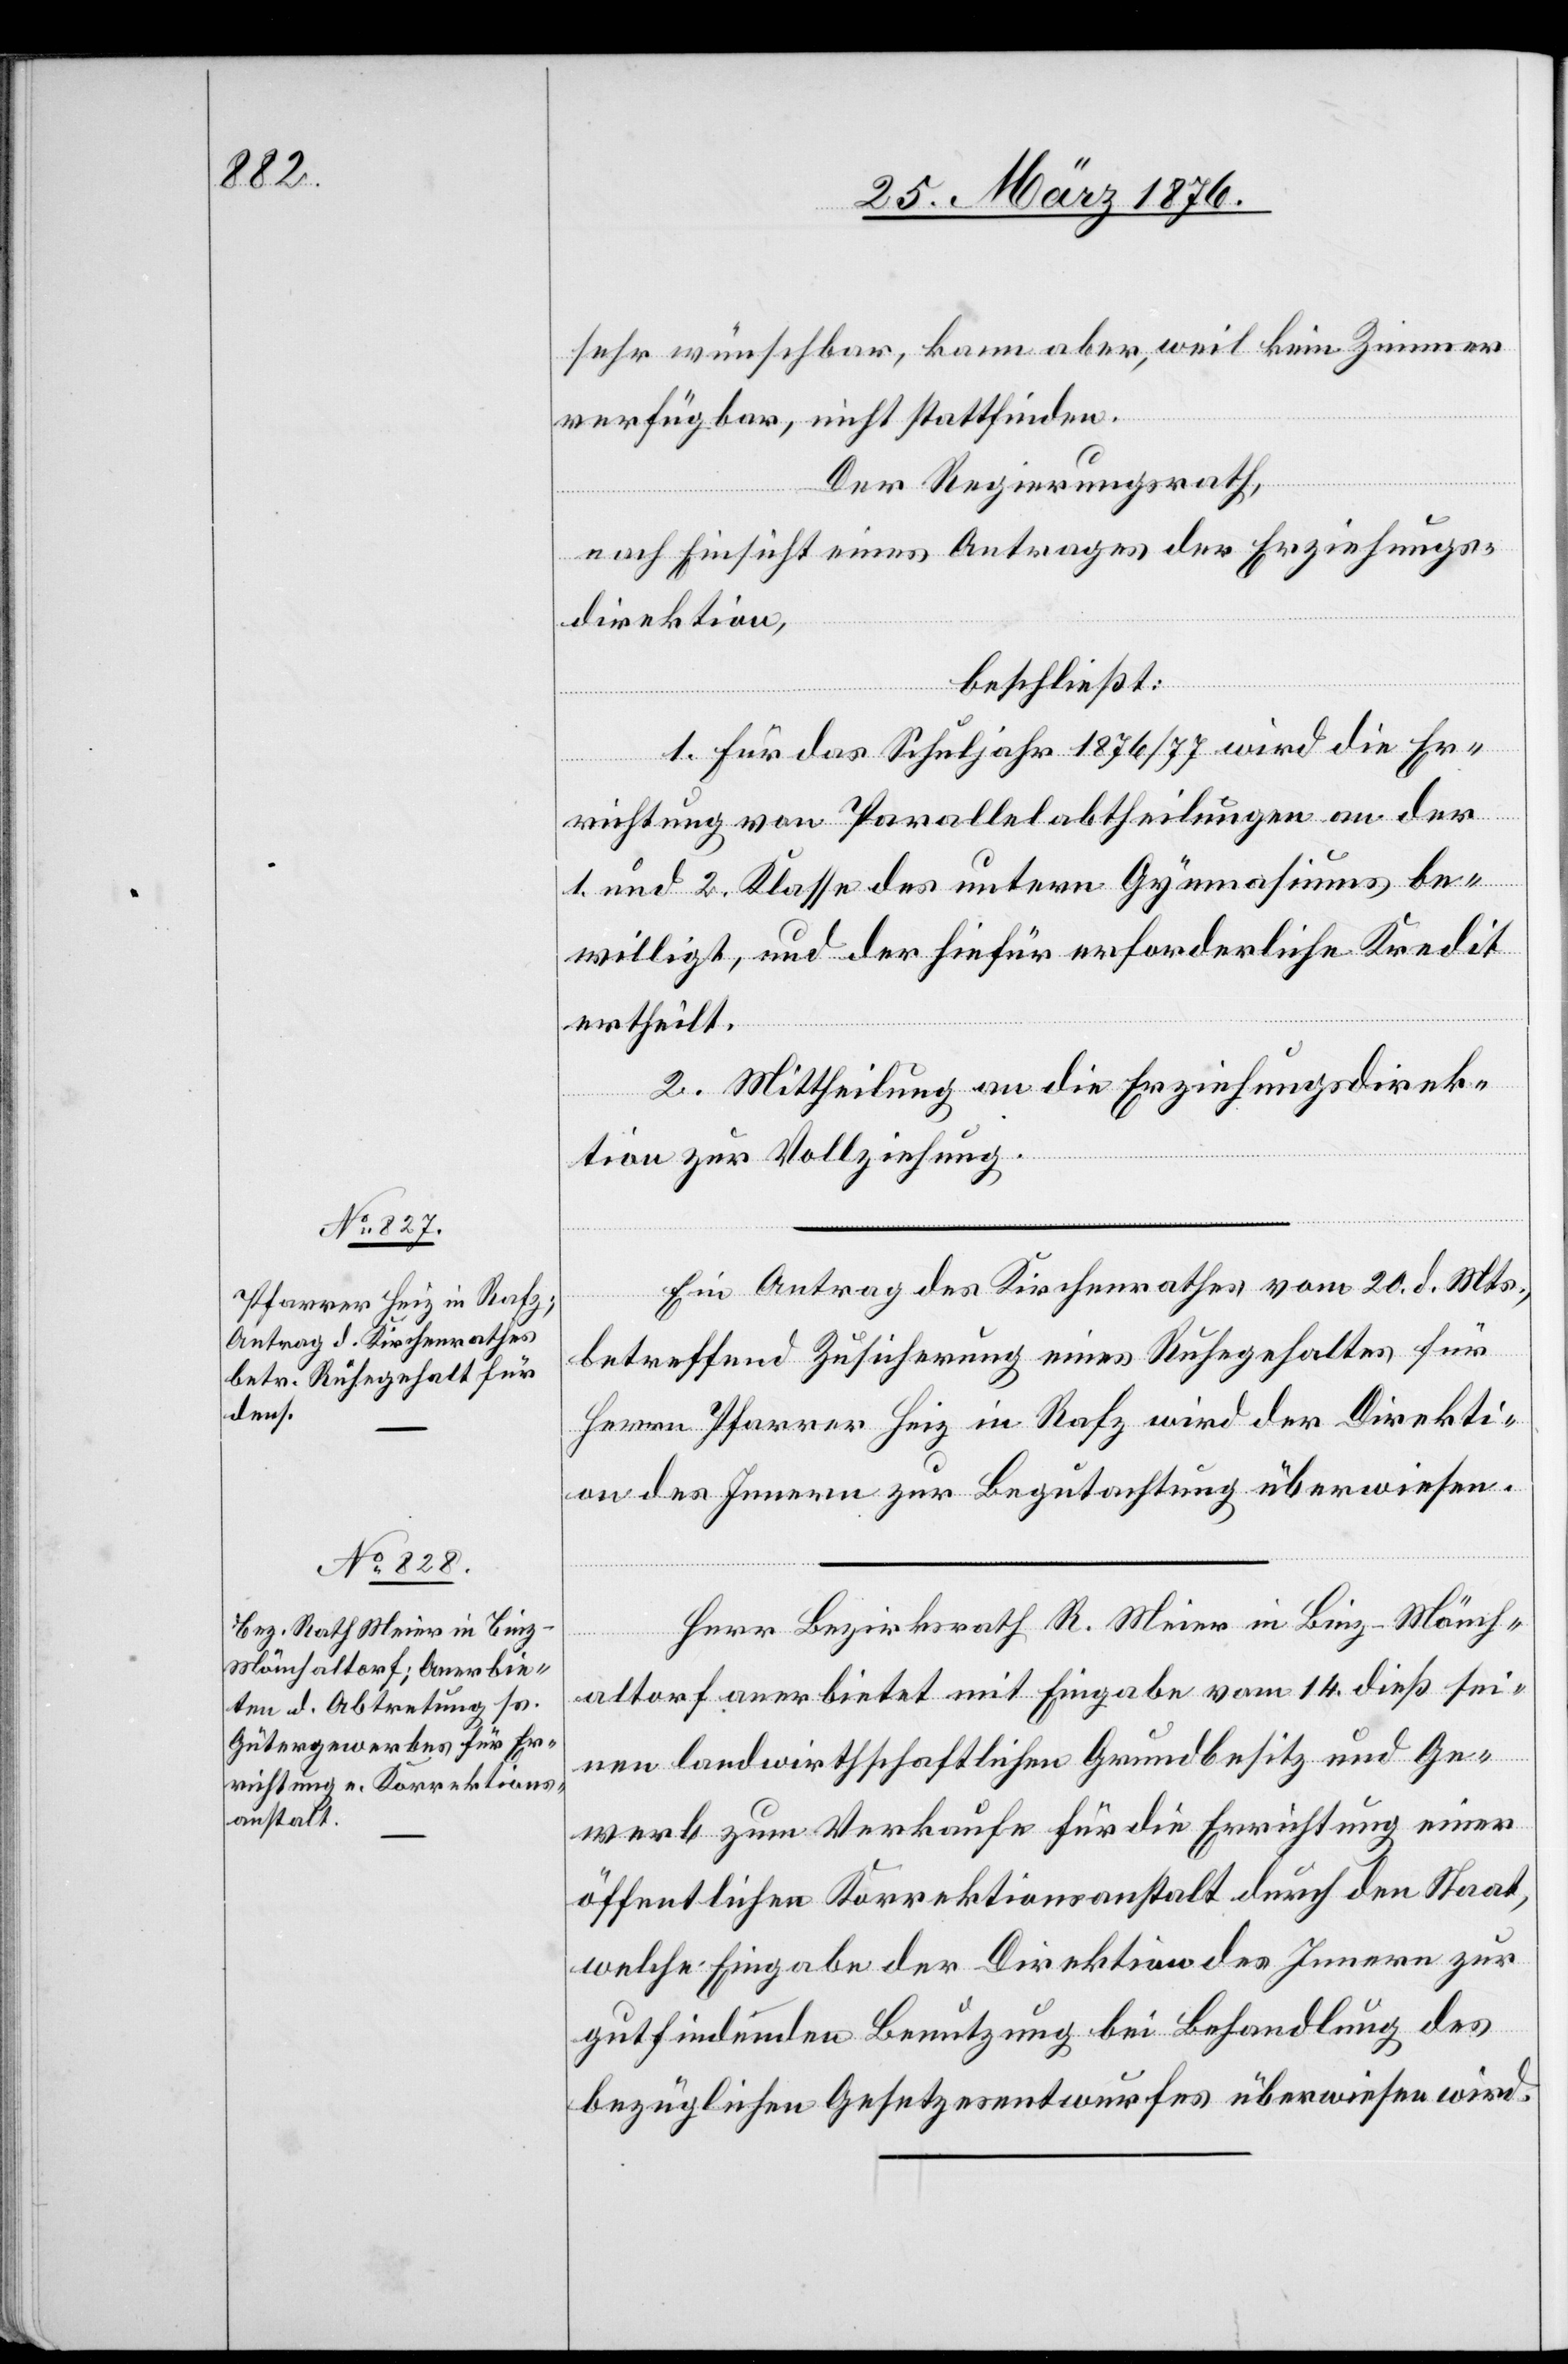
sehr wünschbar, kann aber, weil kein Zimmer
verfügbar, nicht stattfinden.
Der Regierungsrath,
nach Einsicht eines Antrages der Erziehungs¬
direktion,
beschließt:
1. Für das Schuljahr 1876/1877 wird die Er¬
richtung von Parallelabtheilungen an der
1. und 2. Klasse des untern Gymnasiums be¬
willigt, und der hiefür erforderliche Kredit
ertheilt.
2. Mittheilung an die Erziehungsdirek¬
tion zur Vollziehung.
Ein Antrag des Kirchenrathes, vom 20. d. Mts.,
betreffend Zusicherung eines Ruhegehaltes für
Herrn Pfarrer Heiz in Rafz wird der Direkti¬
on des Innern zur Begutachtung überwiesen.
Herr Bezirksrath R. Meier in Binz-Mönch¬
altorf anerbietet mit Eingabe vom 14. dieß sei¬
nen landwirtschaftlichen Grundbesitz und Ge¬
werb zum Verkaufe für die Errichtung einer
öffentlichen Korrektionsanstalt durch den Staat,
welche Eingabe der Direktion des Innern zur
gutfindenden Benutzung bei Behandlung des
bezüglichen Gesetzesentwurf überwiesen wird.